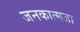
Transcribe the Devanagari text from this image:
जनकात्मजा